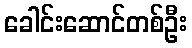
ခေါင်းဆောင်တစ်ဦး